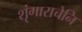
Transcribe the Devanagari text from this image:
शृंगाराचेनि